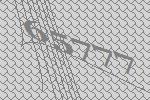
65777